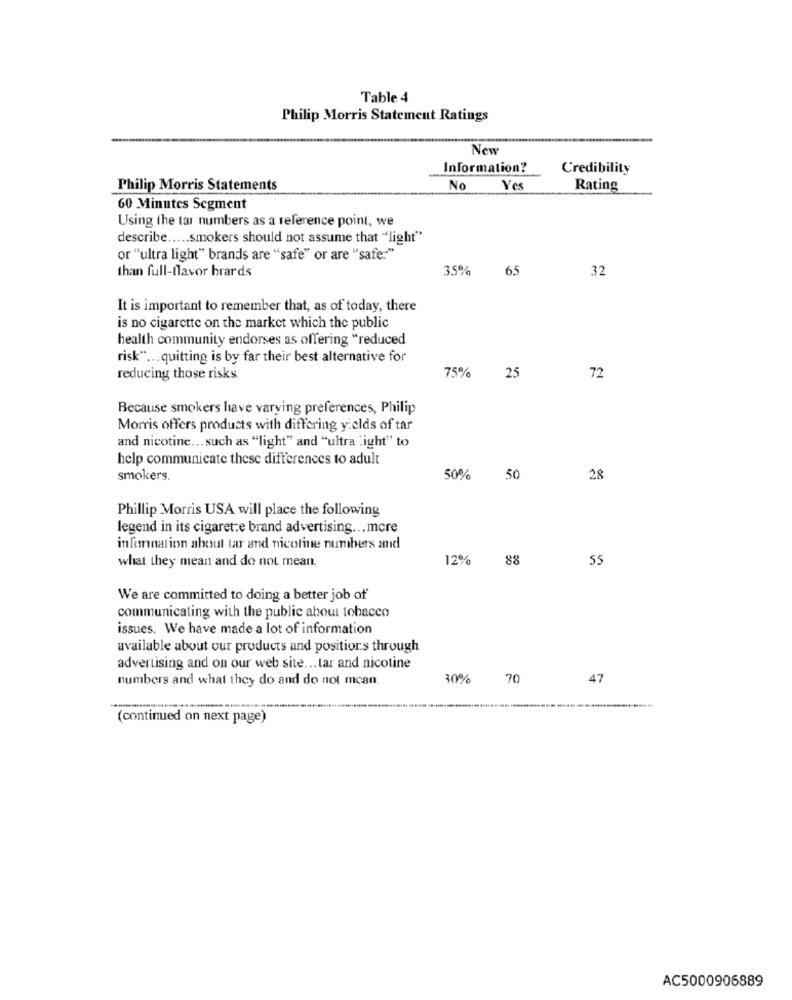
Table 4
Philip Morris Statement Ratings
New
Information?
Credibility
Philip Morris Statements
No
Yes
Rating
60 Minutes Segment
Using the tar numbers as a reference point, we
describe ..... smokers should not assume that "light"
or "ultra light" brands are "safe" or are "safe:"
than full-flavor brards
35%
65
32
It is important to remember that, as of today, there
is no cigarette on the market which the public
health community endorses as offering "reduced
risk" ... quitting is by far their best alternative for
75%
reducing those risks.
25
72
Because smokers have varying preferences, Philip
Morris offers products with differing yields of tar
and nicotine ... such as "light" and "ultra light" to
help communicate these differences to adult
smokers.
50%
50
28
Phillip Morris USA will place the following
legend in its cigaret:e brand advertising ... more
information about tar and nicotine numbers and
what they mean and do not mean.
12%
88
55
We are committed to doing a better job of
communicating with the public about tobacco
issues. We have made a lot of information
available about our products and positions through
advertising and on our web site ... tar and nicotine
numbers and what they do and do not mean.
30%
70
47
(continued on next page)
AC5000906889